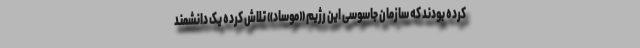
کرده بودند که سازمان جاسوسی این رژیم «موساد» تلاش کرده یک دانشمند